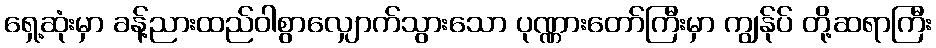
ရှေ့ဆုံးမှာ ခန့်ညားထည်ဝါစွာလျှောက်သွားသော ပုဏ္ဏားတော်ကြီးမှာ ကျွန်ုပ် တို့ဆရာကြီး